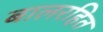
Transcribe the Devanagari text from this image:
बालरहित